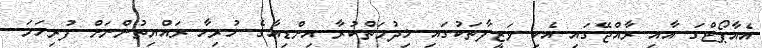
އެއާޕޯޓްގަ އާއި ރާއްޖޭގައި އެކި ވަޒީފާތަކުގައި ޚިދުމަތްކުރާ އިންޑިއާގެ ހުރިހާ ރައްޔިތުންނަށް ފުރިހަމަ